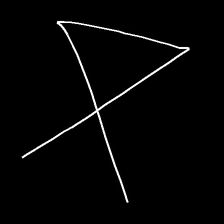
Glyph: collection